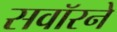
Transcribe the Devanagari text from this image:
सवॉरने